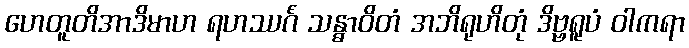
ဟေတူတိအာဒိမာဟ ရဟဿင်္ဂံ သန္ဓာဝိတံ အဘိရုဟိတုံ ဒိဗ္ဗရူပံ ဝါကရာ